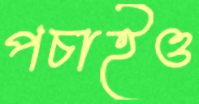
পচাইও